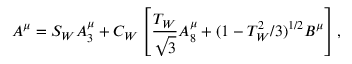
A ^ { \mu } = S _ { W } A _ { 3 } ^ { \mu } + C _ { W } \left[ \frac { T _ { W } } { \sqrt { 3 } } A _ { 8 } ^ { \mu } + ( 1 - T _ { W } ^ { 2 } / 3 ) ^ { 1 / 2 } B ^ { \mu } \right] ,